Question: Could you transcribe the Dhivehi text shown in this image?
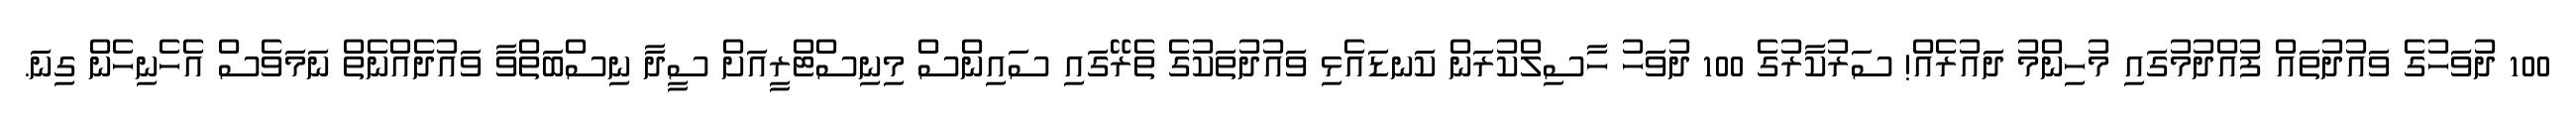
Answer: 100 ދުވަހުގެ ވައުދުތައް ފުއްދުމުގައި މުހިންމު ދައުރެއް! ސަރުކާރުގެ 100 ދުވަހު ހާސިލްކުރަން ކަނޑައެޅި ވައުދުތަކުގެ ތެރޭގައި ސައިންސް މިނިސްޓްރީއަށް ސީދާ ނިސްބަތްވާ ވައުދެއްނެތް ނަމަވެސް އެހެނިހެން ގިނަ.